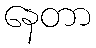
နေတာ